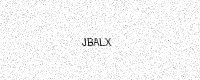
Text: JBALX